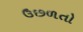
ઉછળતો